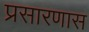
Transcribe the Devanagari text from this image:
प्रसारणास